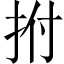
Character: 拊